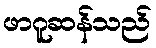
ဖာဂူဆန်သည်